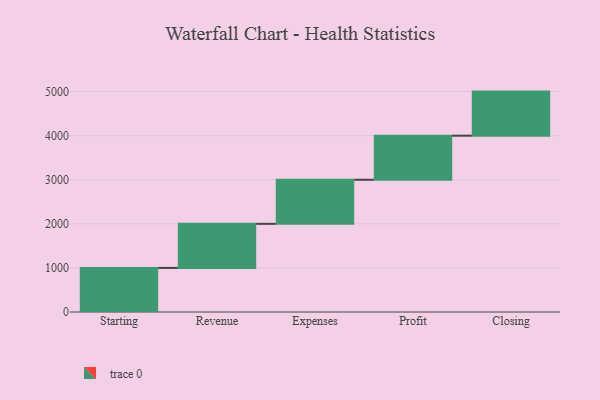
{"axis": {"x": "Step", "y": "Value"}, "legend": [""], "data": [{"x": "Starting", "y": 1000, "type": ""}, {"x": "Revenue", "y": 1000, "type": ""}, {"x": "Expenses", "y": 1000, "type": ""}, {"x": "Profit", "y": 1000, "type": ""}, {"x": "Closing", "y": 1000, "type": ""}]}